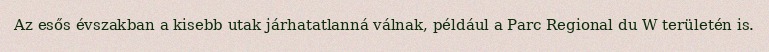
Az esős évszakban a kisebb utak járhatatlanná válnak, például a Parc Regional du W területén is.